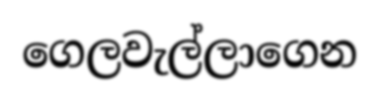
ගෙලවැල්ලාගෙන